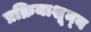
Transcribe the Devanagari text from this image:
प्रक्रियाशून्‍य